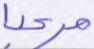
مرحبا